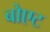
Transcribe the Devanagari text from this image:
बोएट